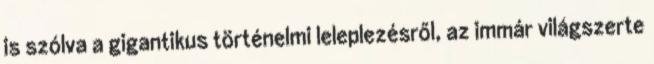
is szólva a gigantikus történelmi leleplezésről, az immár világszerte